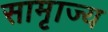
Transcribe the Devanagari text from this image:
सामृाज्य